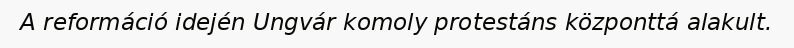
A reformáció idején Ungvár komoly protestáns központtá alakult.